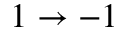
1 \rightarrow - 1